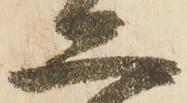
二